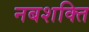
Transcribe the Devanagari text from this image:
नबशक्ति